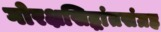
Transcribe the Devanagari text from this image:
गोरक्षसिद्धांतसंग्रह